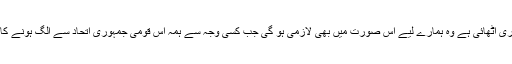
البتہ ہم نے جمہوریت کو مضبوط کرنے کے لیے یہ جو ذمہ داری اٹھائی ہے وہ ہمارے لیے اس صورت میں بھی لازمی ہو گی جب کسی وجہ سے ہمہ اس قومی جمہوری اتحاد سے الگ ہونے کا فیصلہ کر لیں یا پھر یہ اتحاد کسی بھی وجہ سےتوڑ دیا جائے۔